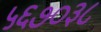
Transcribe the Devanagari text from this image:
५६७०३८